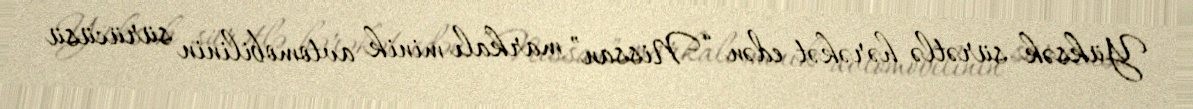
Yüksək sürətlə hərəkət edən “Nissan” markalı minik avtomobilinin sürücüsü